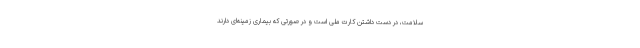
سلامت، در دست داشتن کارت ملی است و در صورتی که بیماری زمینه‌ای دارند